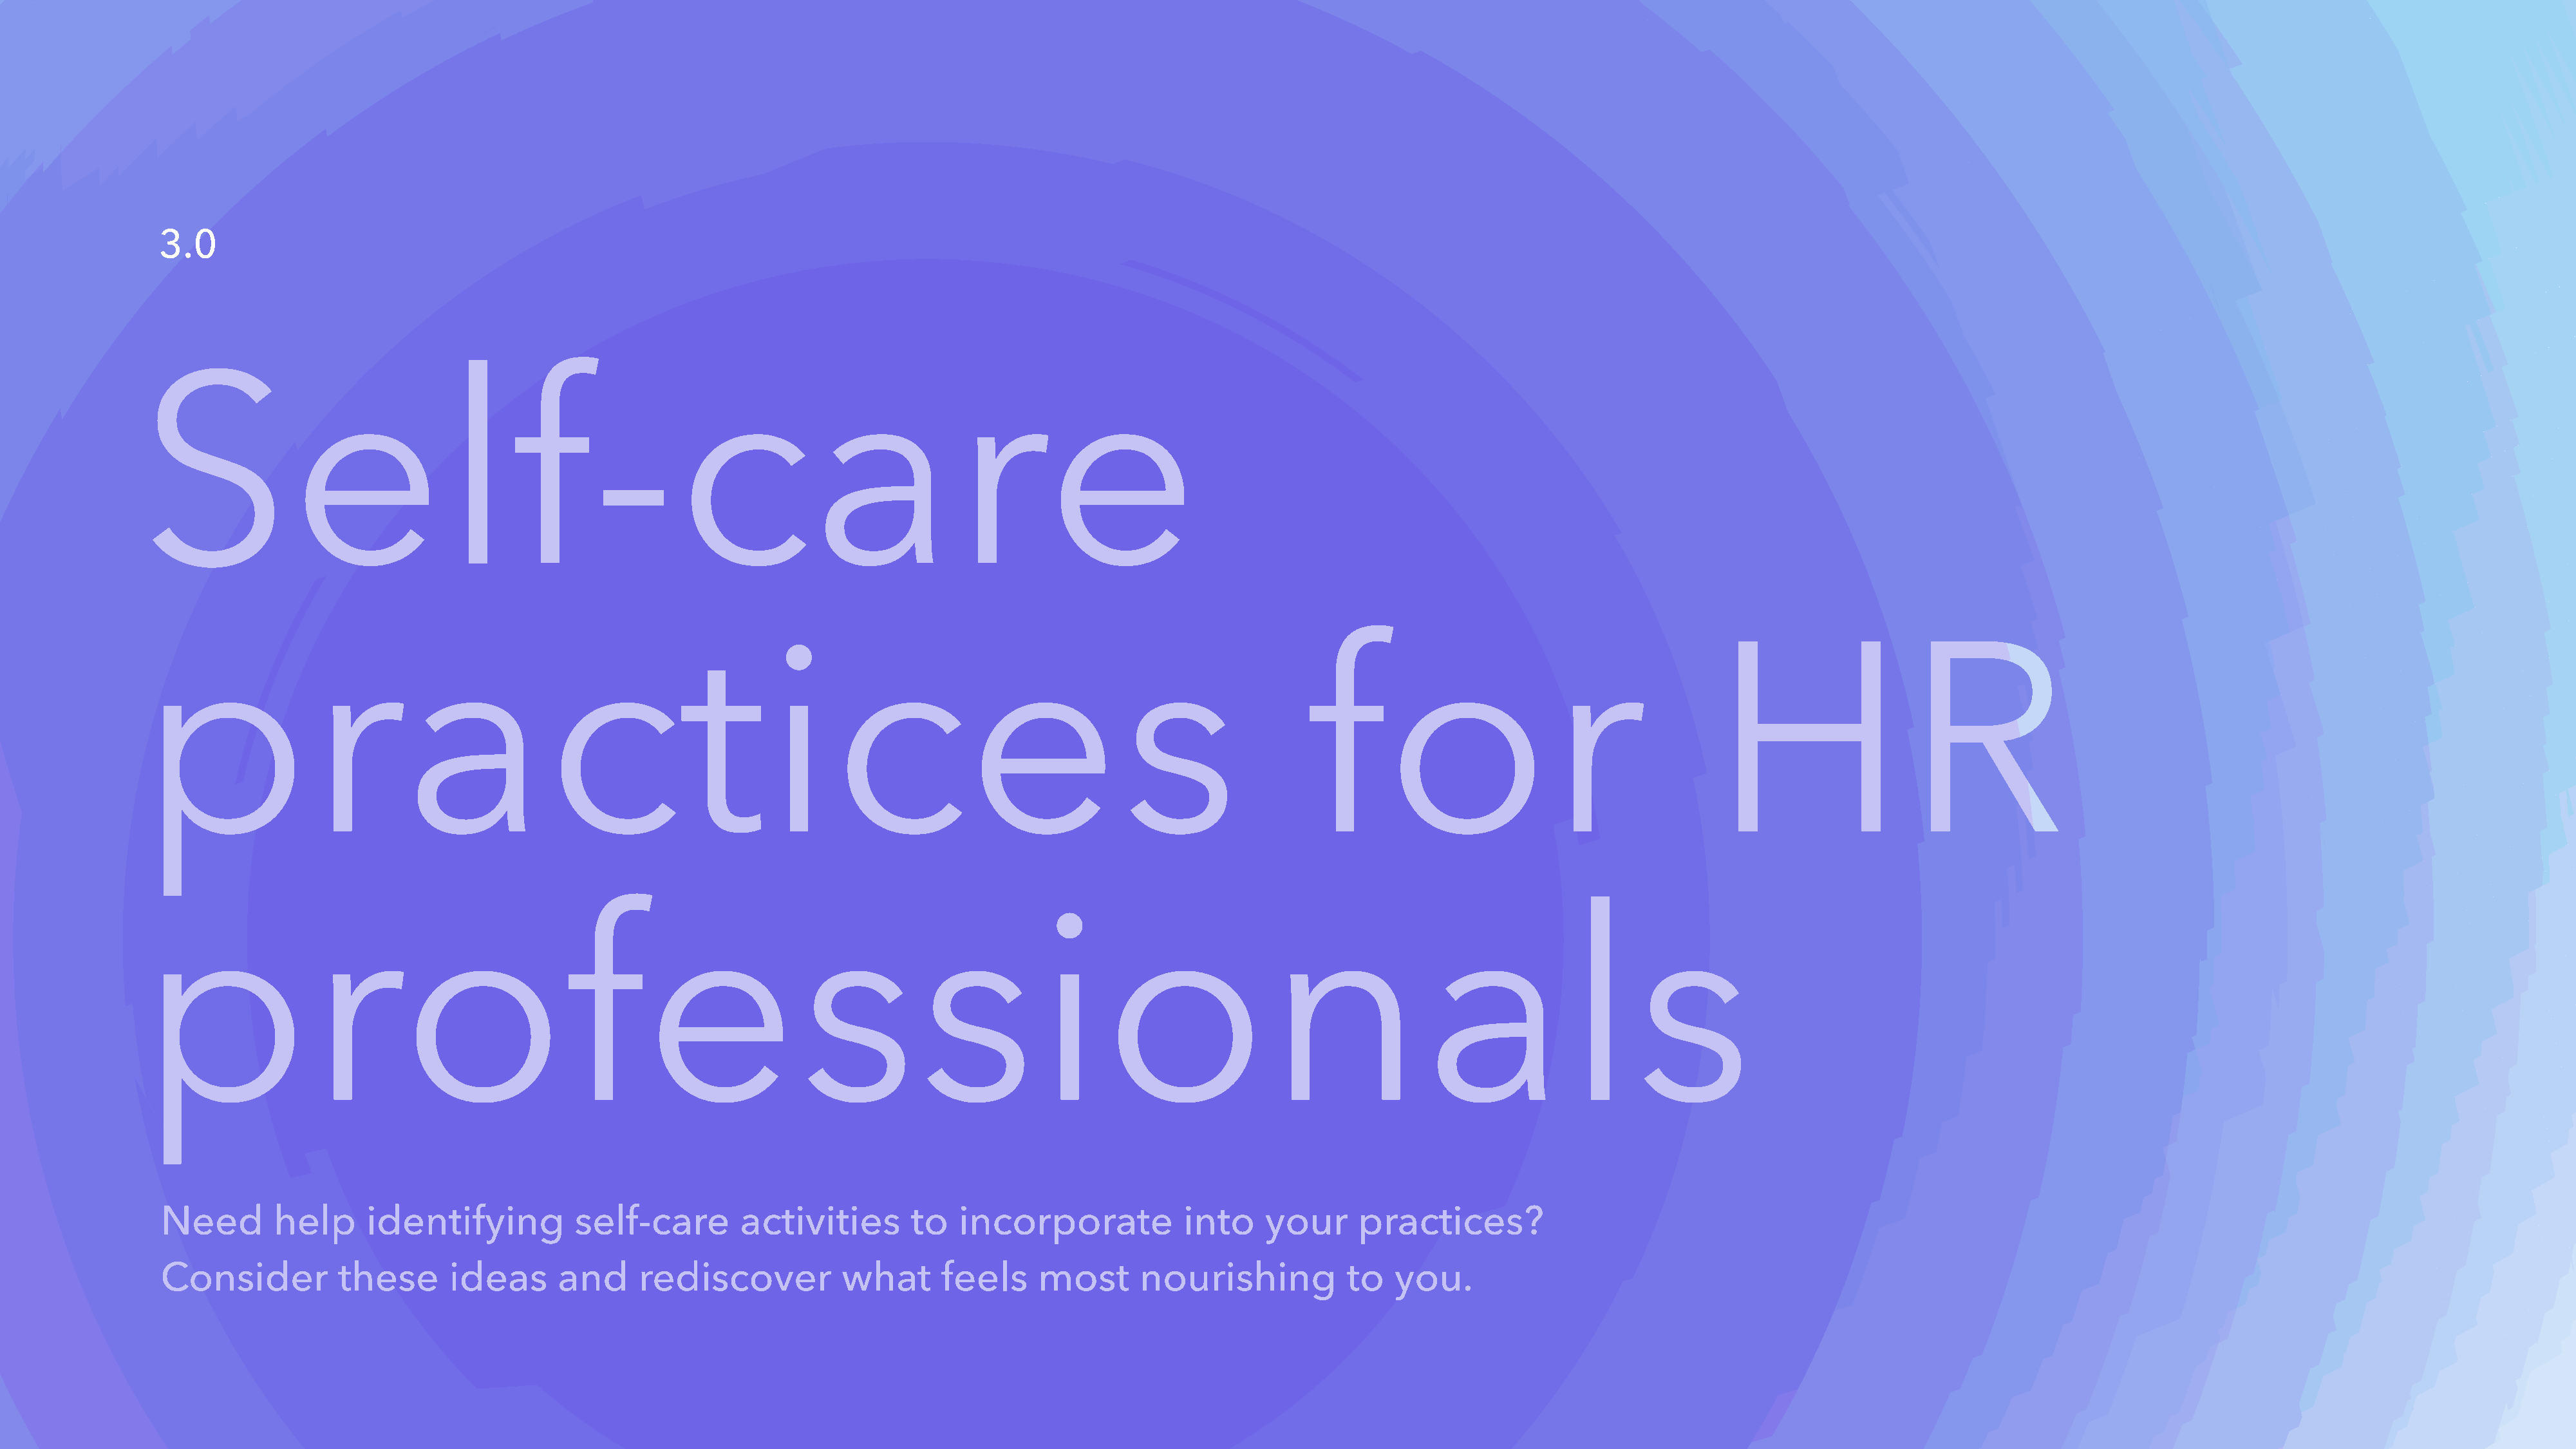
3.0
 Self-care
 practices                                                                                                               for                                       HR
 professionals
 Need       help      identifying          self-care        activities        to   incorporate            into    your      practices?
 Consider          these      ideas      and      rediscover           what      feels     most      nourishing           to   you.